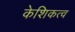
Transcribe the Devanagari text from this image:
केशिकत्व